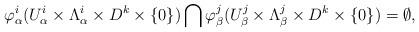
LaTeX: \begin{align*} \varphi^{i}_{\alpha}(U^{i}_{\alpha}\times\Lambda^{i}_{\alpha}\times D^{k}\times\{0\})\bigcap\varphi^{j}_{\beta}(U^{j}_{\beta}\times\Lambda^{j}_{\beta}\times D^{k}\times\{0\}) = \emptyset,\end{align*}